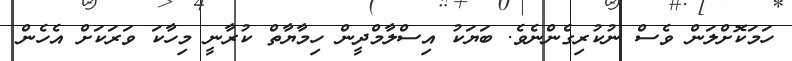
ހަަމަކޮށްލަން ވެސް ނުކުރިގެންނެވެ. ބަޔަކު އިސްލާމްދީން ހިމާޔާތް ކުރާނީ މިހާކަ ވަރަކަށް އެހެން